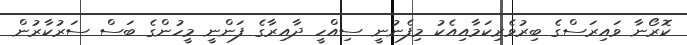
ކޮރޯނާ ވައިރަސްގެ ބިރުވެރިކަމާއިއެކު މިފެނުނީ ސިއްހީ ދާއިރާގެ ފަންނީ މީހުންގެ ބަސް ސަރުކާރުން